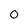
Character: 0